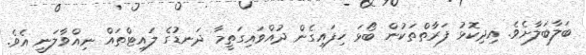
ބަލާބަލާށެވެ. އިދިކޮޅު ފަރާތްތަކުން ބޯޅަ ހިފައިގެން ދުއްވައިގަތީމާ ދަނޑުގެ ލައިޓްތައް ނިއްވާލަނީ އެވެ.